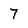
Character: 7